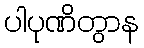
ပါပုဏိတွာန